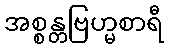
အစ္စန္တဗြဟ္မစာရီ